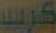
كريب